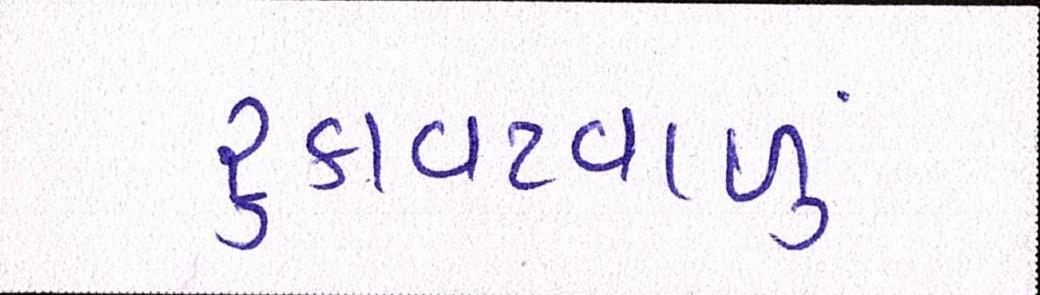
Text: રૃકાવટવાળું